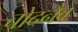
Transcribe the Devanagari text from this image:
चोदनैव